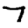
Digit: 7